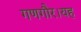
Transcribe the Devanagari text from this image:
गणगौर।यह